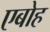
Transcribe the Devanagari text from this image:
एबोह